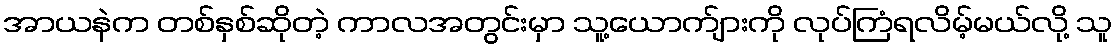
အာယနဲက တစ်နှစ်ဆိုတဲ့ ကာလအတွင်းမှာ သူ့ယောက်ျားကို လုပ်ကြံရလိမ့်မယ်လို့ သူ